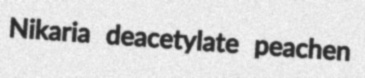
Nikaria deacetylate peachen